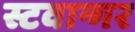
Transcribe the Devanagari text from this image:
स्टवान्गर